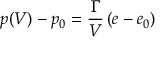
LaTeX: p ( V ) - p _ { 0 } = { \frac { \Gamma } { V } } \left( e - e _ { 0 } \right)